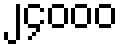
၂၄၀၀၀